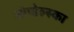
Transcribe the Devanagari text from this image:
ओपोल्स्का